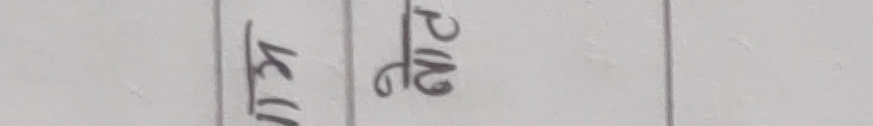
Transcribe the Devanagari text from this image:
अ ढे